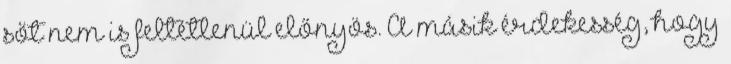
sőt nem is feltétlenül előnyös. A másik érdekesség, hogy